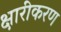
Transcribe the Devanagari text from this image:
क्षारीकरण